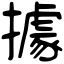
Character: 據